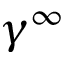
\gamma ^ { \infty }